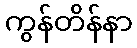
ကွန်တိန်နာ